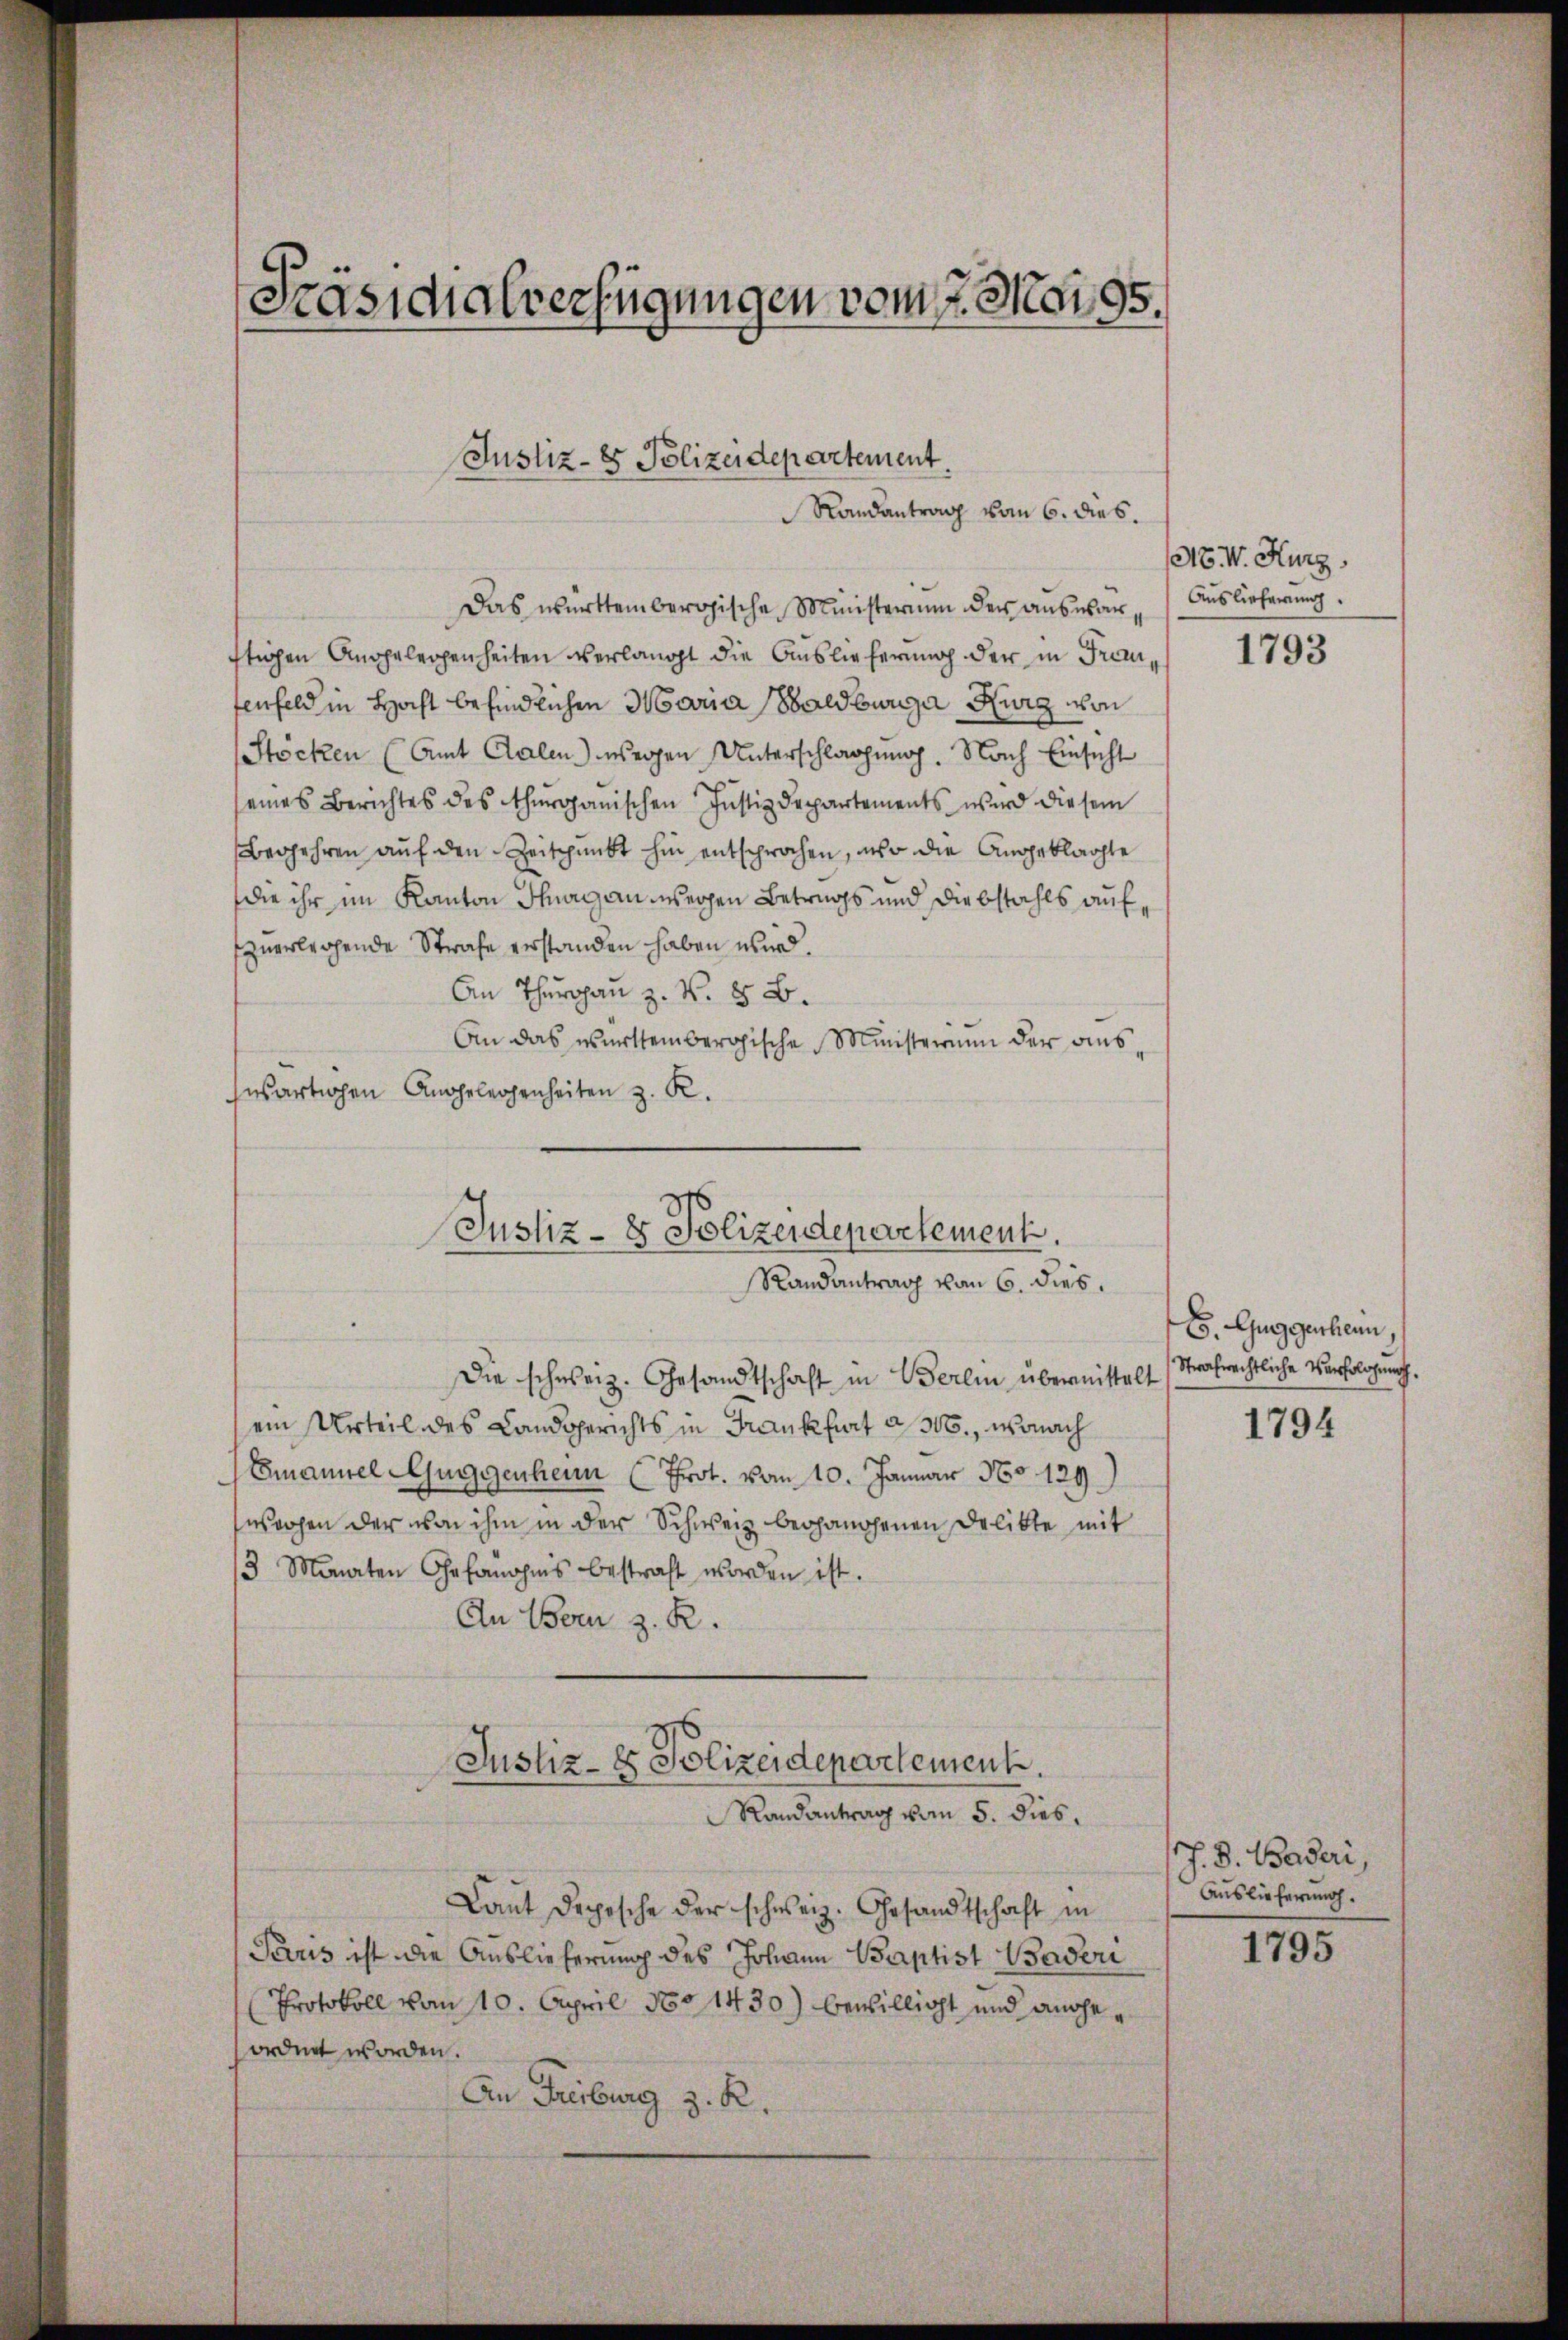
Präsidialverfügungen vom 7. Mai 95.

Justiz- & Polizeidepartement
Randantrag vom 6. dies.

Das württembergische Ministerium der auswarftigen Angelegenheiten verlangt die Auslieferung der in Franenfeld in Hocht befindlichen Maria Baldburg Kurz von
Stöcken (Amt Aalen) wegen Unterschlagung. Nach Einsicht
seines Berichtes des Thurganischen Justizdepartements wird diesem
Begehren aŭf den Zeitpunkt hin entsprochen, wo die Angeklagte
die ihr im Kanton Thurgau wegen Betrags und Diebstahls aufzuerlegende Strafe erstanden haben wird.
An Thurgan z. N. 8 B.
An das württembergische Ministerium der auswärtigen Angelegenheiten z. R.

Justiz- & Polizeidepartement.
Randantrag von 6. dies.

Die schweiz. Gesandtschaft in Berlin übermittelt
ein Urteil des Landgerichts in Frankfurt a 300., wonach
Emanuel Guggenheim (Prot. vom 10. Januar 180. 129)
wochen der von ihm in der Schweiz begangenen Delikte mit
3 Monaten Gefängnis bestraft worden ist.
An Bern z. R.
Justiz- & Polizeidepartement.
Randantrag vom 5. dies.
Laut Depesche der schweiz. Gesandtschaft in
Paris ist die Auslieferung des Johann Baptist Baderi
Protokoll vom 10. April 1801430) bewilligt und angeordnet worden.
An Freiburg z. R.

N. V. Kurg
Auslieferung.

1793

E. Guggerhenn,
Strafrechtliche Verfolgung.

1794

J. S. Baderi,
Auslieferung.

1795